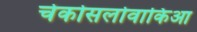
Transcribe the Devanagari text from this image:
चेकोसलोवाकिआ